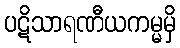
ပဋိသာရဏီယကမ္မမှိ